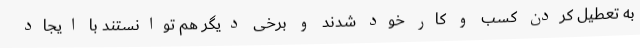
به تعطیل کردن کسب و کار خود شدند و برخی دیگر هم توانستند با ایجاد